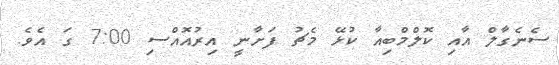
ސެނެގާލް އާއި ކޮލްމްބިއާ ކުޅޭ މެޗު ފަށާނީ އިރުއޮއްސި 7:00 ގަ އެވެ.